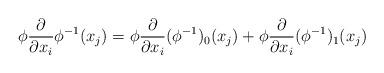
LaTeX: \begin{align*} \phi \frac{\partial}{\partial x_i} \phi^{-1} (x_j) = \phi \frac{\partial}{\partial x_i} (\phi^{-1})_0(x_j) + \phi \frac{\partial}{\partial x_i} (\phi^{-1})_1(x_j)\end{align*}